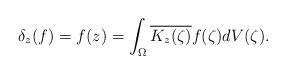
LaTeX: \begin{align*}\delta_z(f)=f(z)=\int_{\Omega}\overline {K_z(\zeta)}f(\zeta)dV(\zeta).\end{align*}